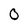
Character: O